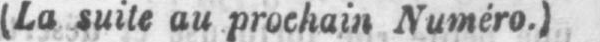
(La suite au prochain Numéro.)